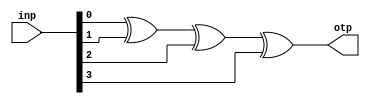
`ifndef PAR
`define PAR
  module even_parity(input [3:0] inp,output otp);
   assign otp = inp[0]^inp[1]^inp[2]^inp[3];
  endmodule
`endif